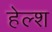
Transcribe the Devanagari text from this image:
हेल्श